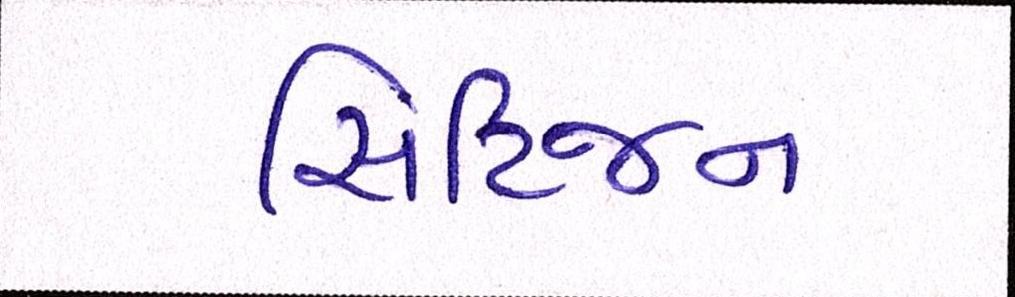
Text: સિટિજન